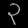
Digit: ၃